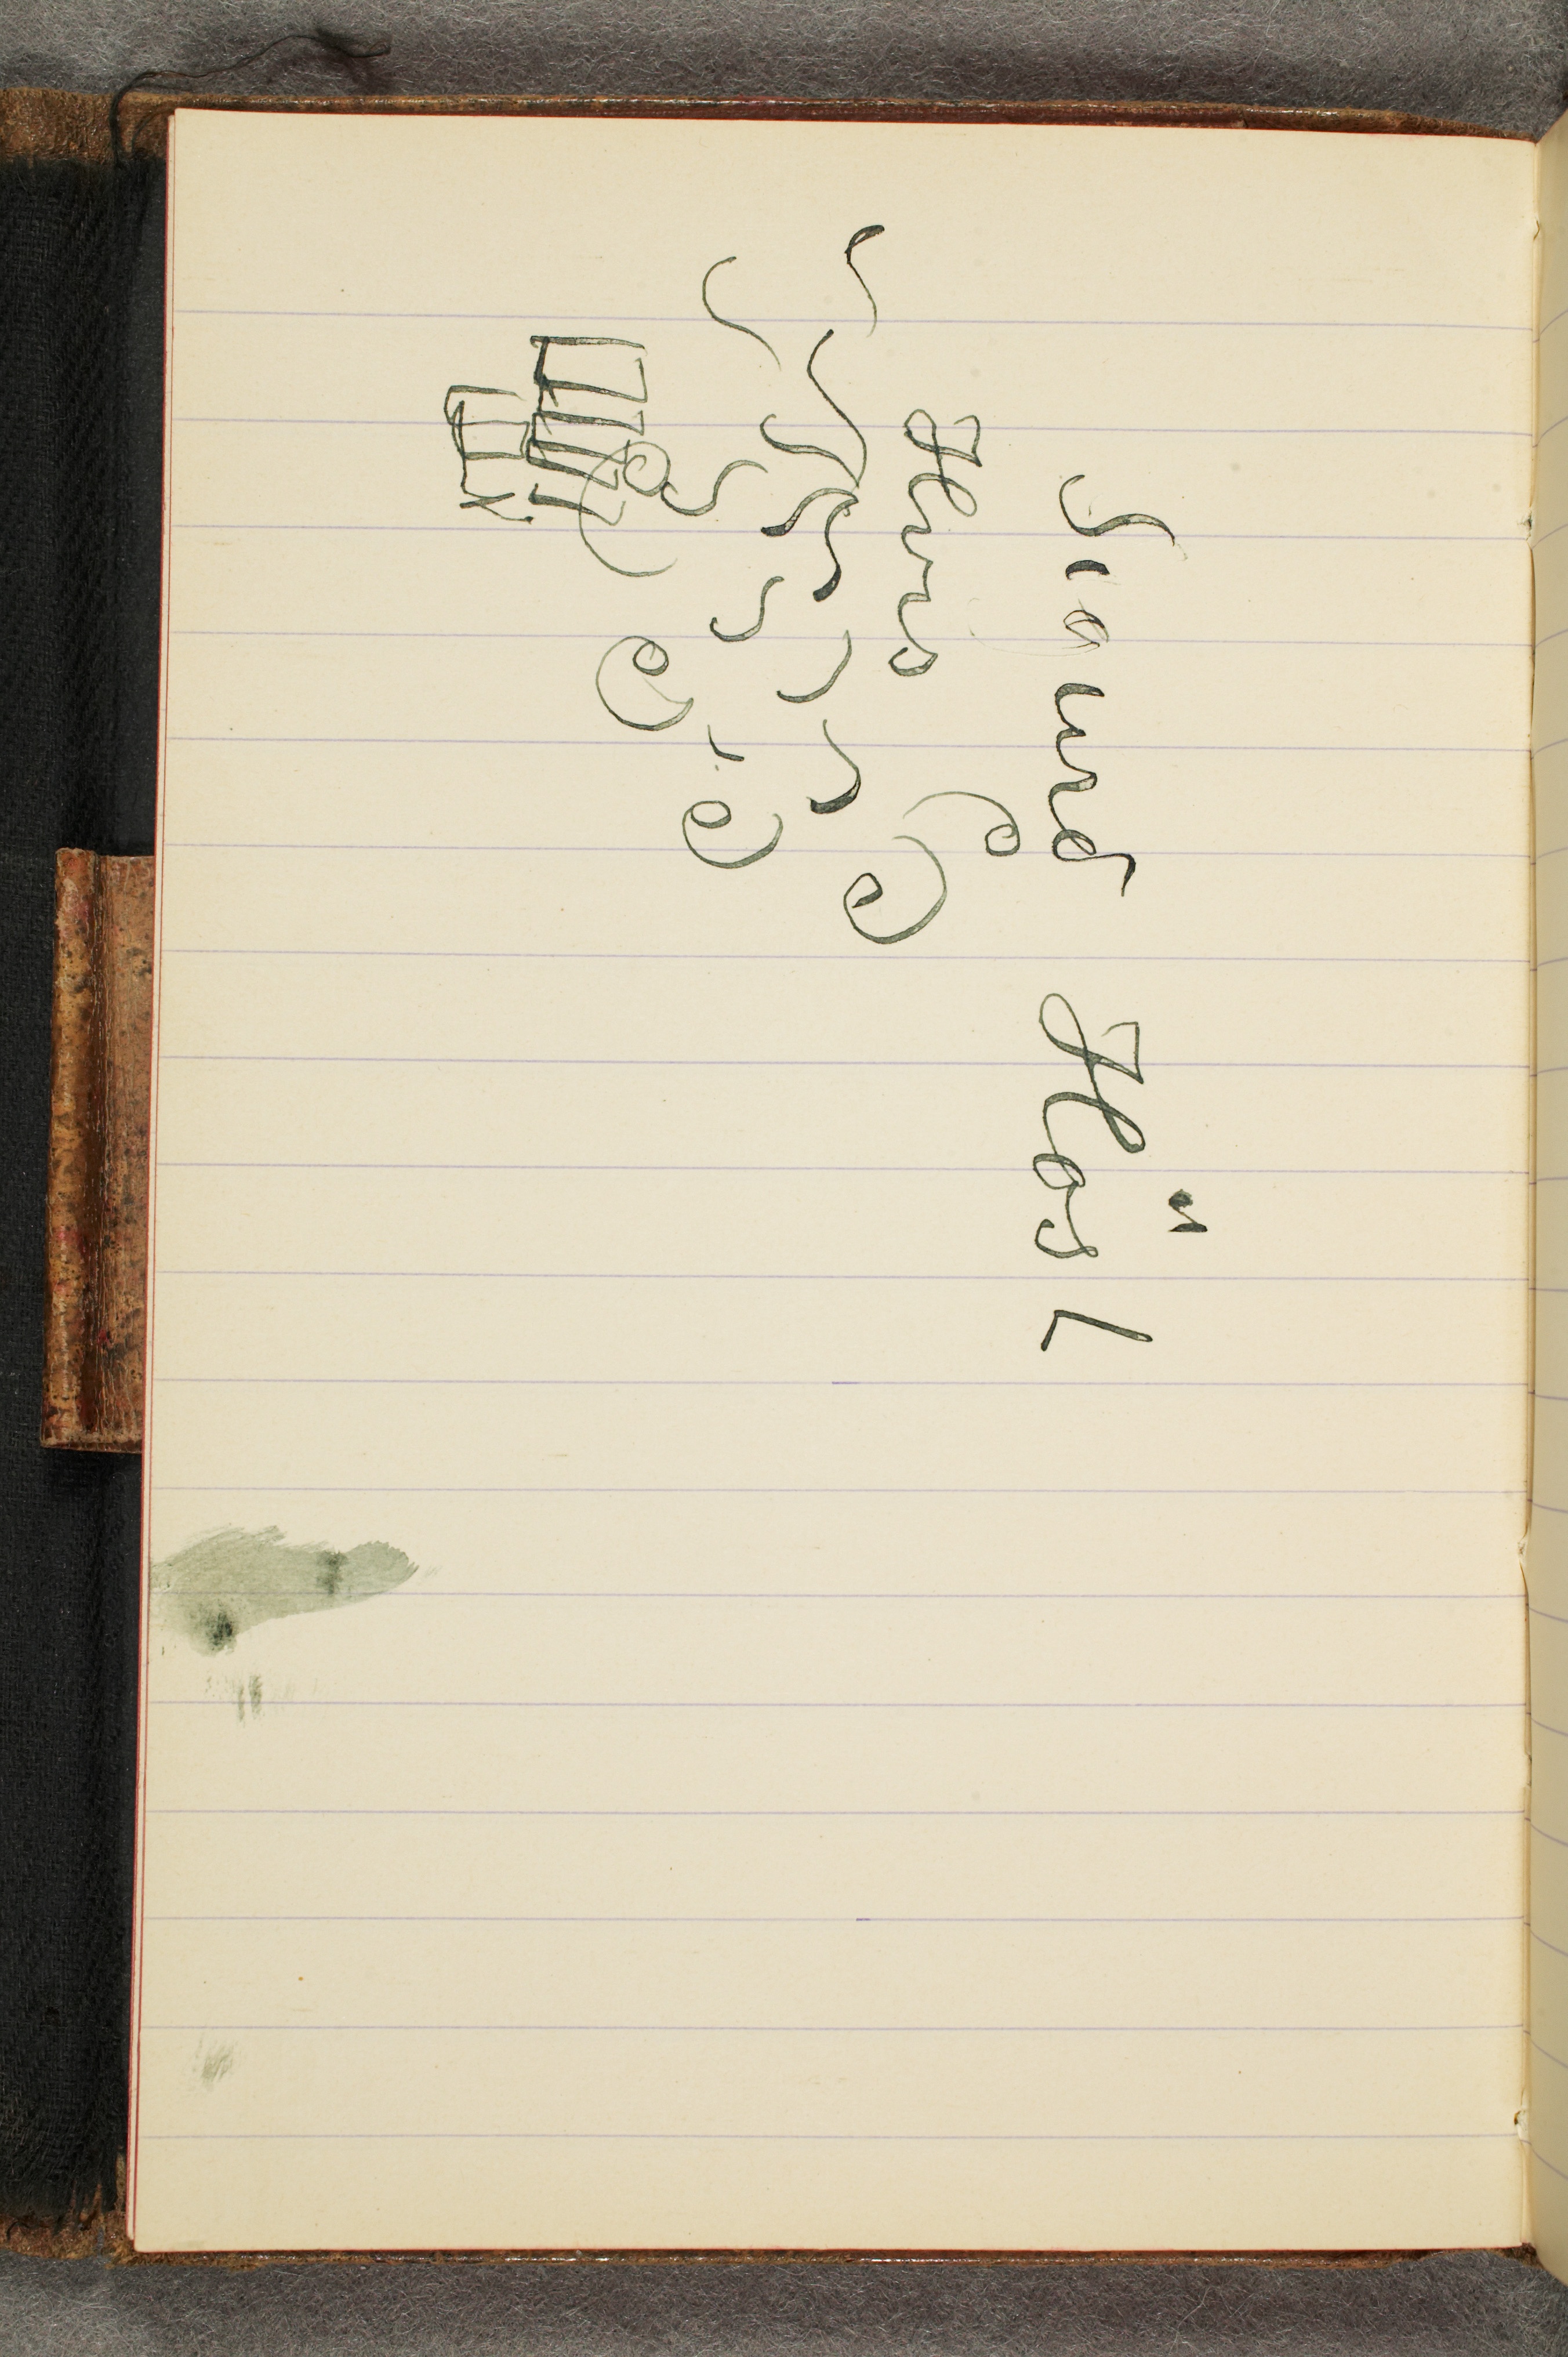
Sigurd Høst
Hvis